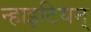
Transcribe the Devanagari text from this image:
न्हाइटियन्